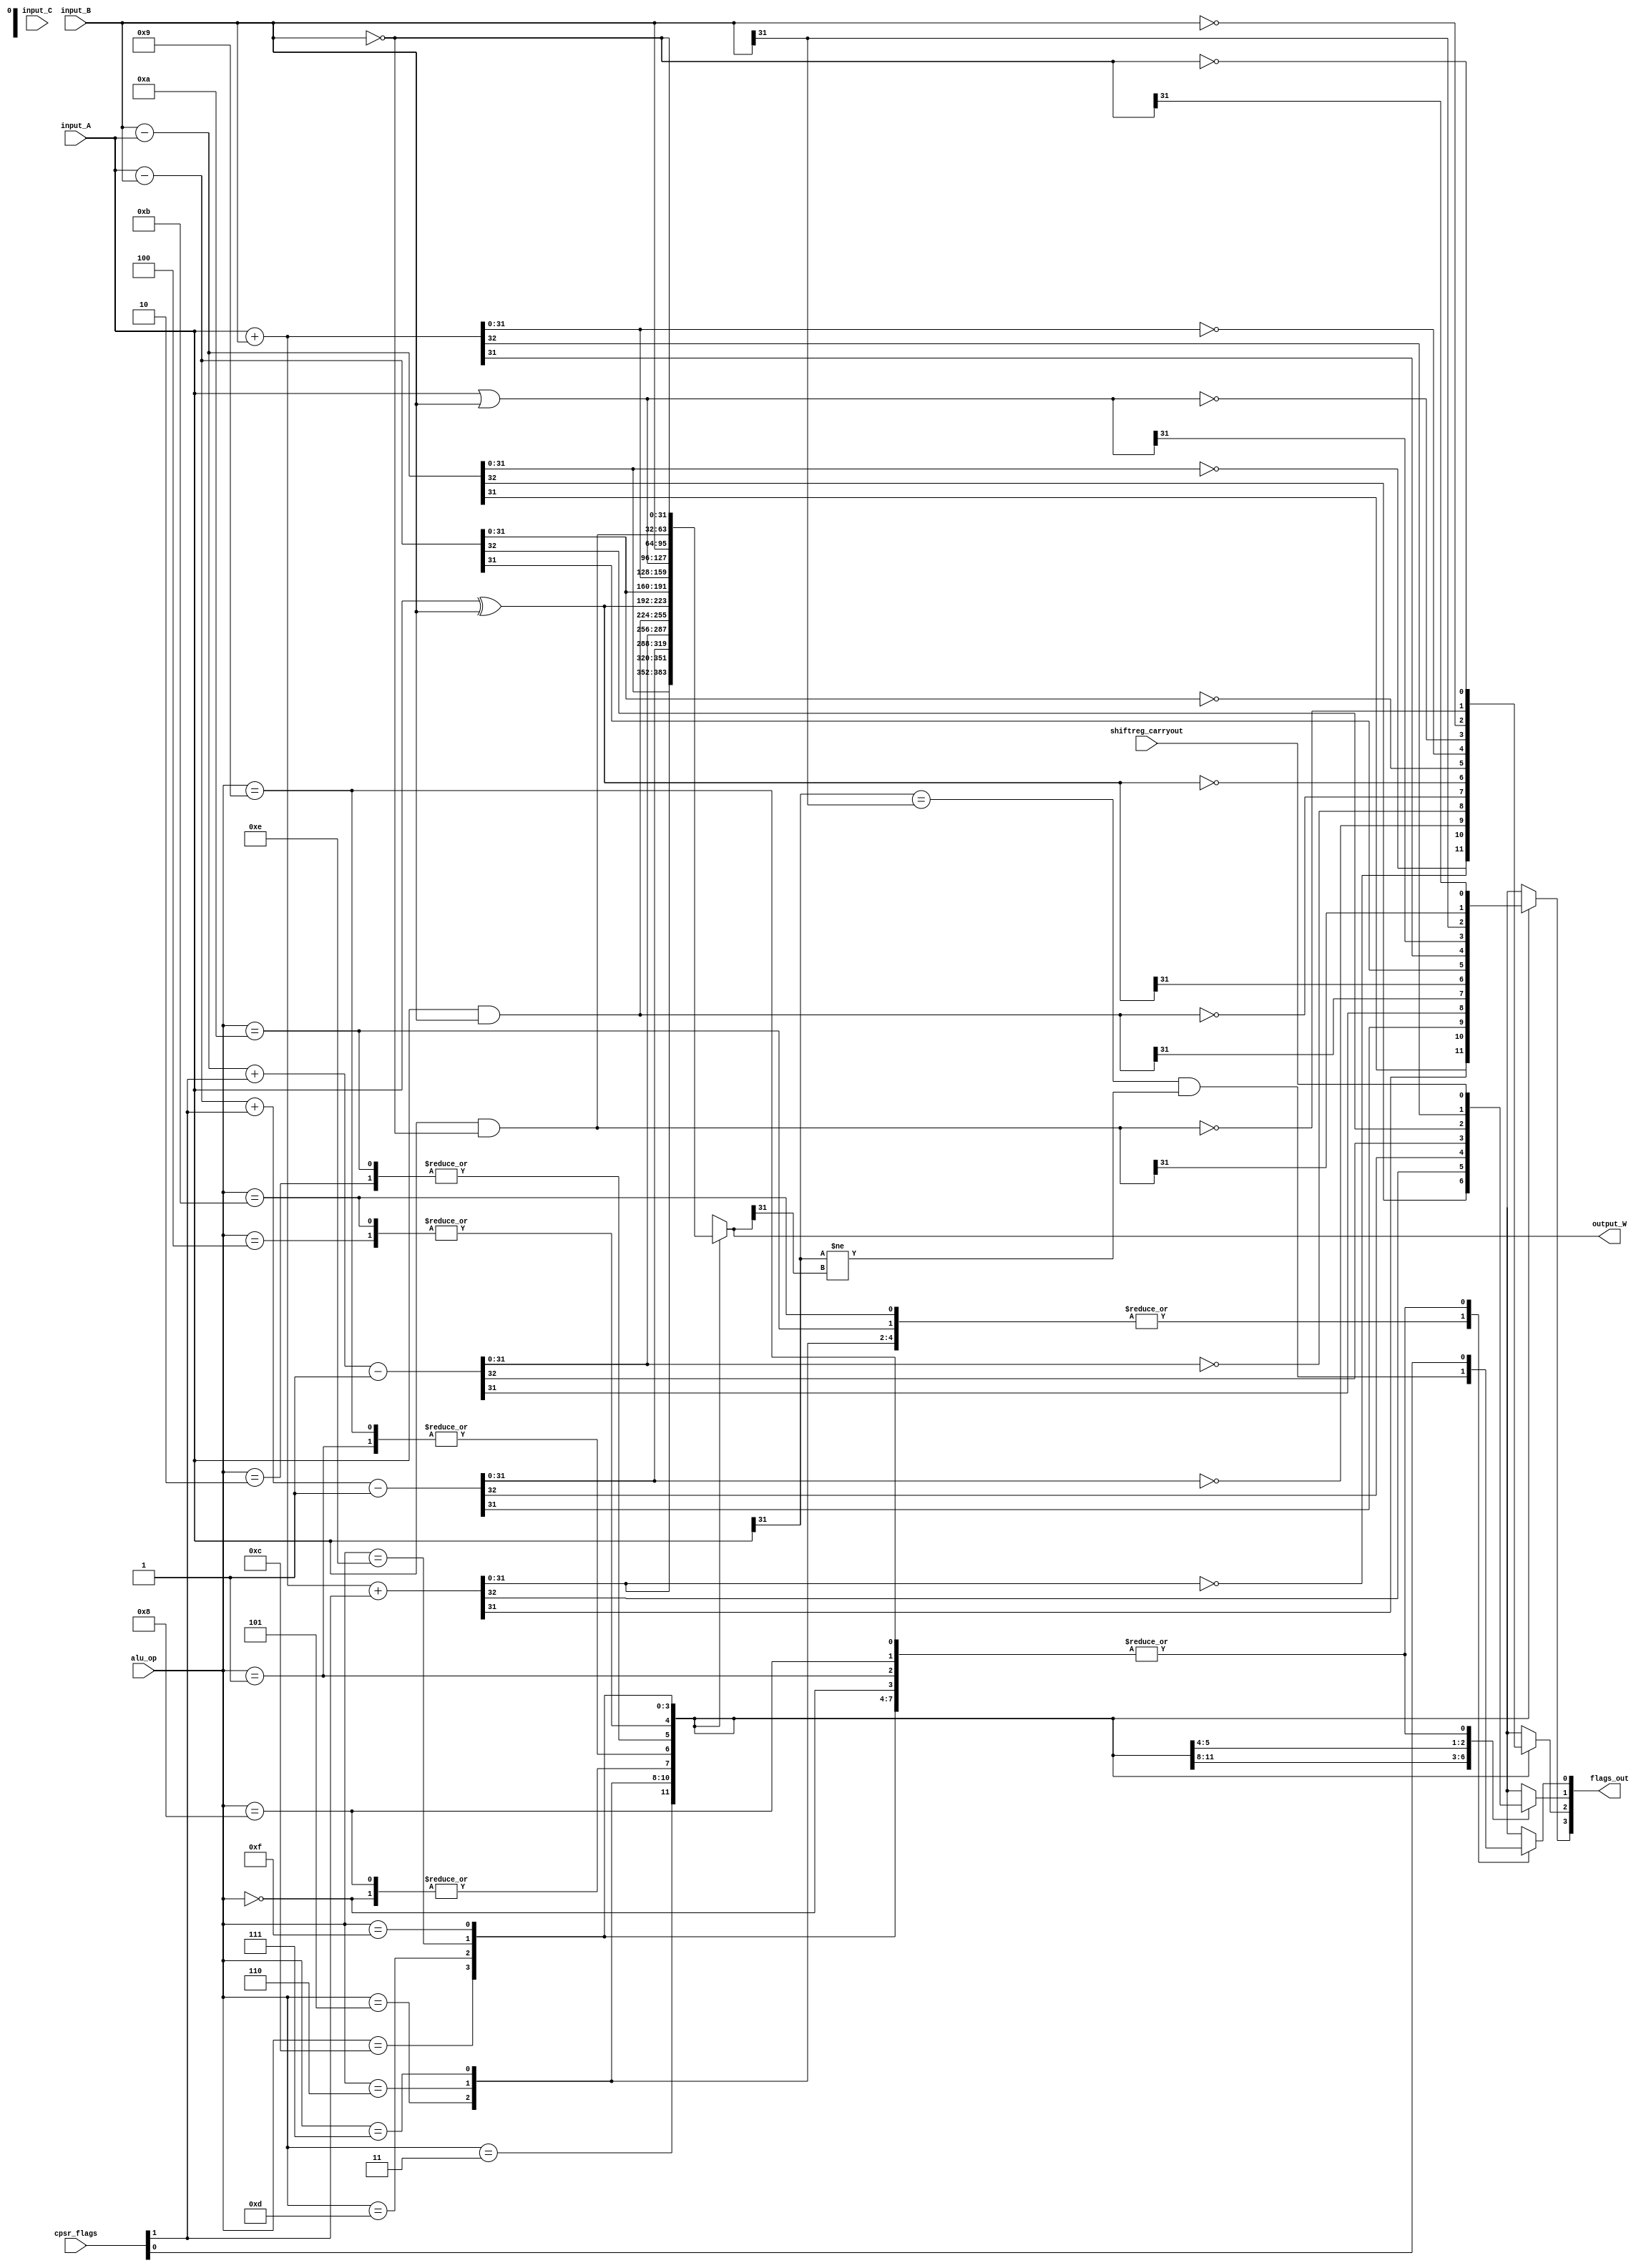

module alu (
    input wire [3:0] alu_op,
    input wire [31:0] input_A,
    input wire [31:0] input_B,
    input wire [31:0] input_C,
    input wire [3:0] cpsr_flags,
    input wire shiftreg_carryout,
    output reg [31:0] output_W,
    output wire [3:0] flags_out
);
    //opcodes
    localparam AND = 4'b0000; //AND
    localparam EOR = 4'b0001; //XOR
    localparam SUB = 4'b0010; //SUB
    localparam RSB = 4'b0011; //Reverse subtract 4.5
    localparam ADD = 4'b0100; //ADD
    localparam ADC = 4'b0101; //Add with carry 4.5
    localparam SBC = 4'b0110; //Sub with carry 4.5
    localparam RSC = 4'b0111; //Reverse sub with carry 4.5
    localparam TST = 4'b1000; //Test bits 4.5
    localparam TEQ = 4'b1001; //Test bitwise equality 4.5
    localparam CMP = 4'b1010; //Compare 4.5
    localparam CMN = 4'b1011; //Compare negative 4.5
    localparam ORR = 4'b1100; //OR
    localparam MOV = 4'b1101; //move reg or constant 4.5
    localparam BIC = 4'b1110; //bit clear 4.5
    localparam MVN = 4'b1111; //move negative register 4.5

    //CPSR condition flags
    reg N, Z, C, V;
    // N - negative/less than
    // Z - zero
    // C - carry/borrow/extend
    // V - overflow

    //Carry input from CPSR
    wire Carryin;
    assign Carryin = cpsr_flags[1];

    //Carryout and overflow
    reg Carryout;
    wire Overflow;
    assign Overflow = (input_A[31] == input_B[31] && input_A[31] != output_W[31]);

    always@(*)
        case(alu_op)
        AND : begin
            {Carryout, output_W} = input_A & input_B;
            N = output_W[31];
            Z = (output_W == 32'b0);
            C = shiftreg_carryout;
            V = cpsr_flags[0];
        end
        EOR : begin
            {Carryout, output_W} = input_A ^ input_B;
            N = output_W[31];
            Z = (output_W == 32'b0);
            C = shiftreg_carryout;
            V = cpsr_flags[0];
        end
        SUB : begin
            {Carryout, output_W} = input_A - input_B;
            N = output_W[31];
            Z = (output_W == 32'b0);
            C = Carryout;
            V = Overflow;
        end
        RSB : begin
            {Carryout, output_W} = input_B - input_A;
            N = output_W[31];
            Z = (output_W == 32'b0);
            C = Carryout;
            V = Overflow;
        end
        ADD : begin
            {Carryout, output_W} = input_A + input_B;
            N = output_W[31];
            Z = (output_W == 32'b0);
            C = Carryout;
            V = Overflow;
        end
        ADC : begin
            {Carryout, output_W} = input_A + input_B + {31'b0, Carryin};
            N = output_W[31];
            Z = (output_W == 32'b0);
            C = Carryout;
            V = Overflow;
        end
        SBC : begin
            {Carryout, output_W} = input_A - input_B + {31'b0, Carryin} - 32'b1;
            N = output_W[31];
            Z = (output_W == 32'b0);
            C = Carryout;
            V = Overflow;
        end
        RSC : begin
            {Carryout, output_W} = input_B - input_A + {31'b0, Carryin} - 32'b1;
            N = output_W[31];
            Z = (output_W == 32'b0);
            C = Carryout;
            V = Overflow;
        end
        TST : begin
            {Carryout, output_W} = input_A & input_B;
            N = output_W[31];
            Z = (output_W == 32'b0);
            C = shiftreg_carryout;
            V = cpsr_flags[0];
        end
        TEQ : begin
            {Carryout, output_W} = input_A ^ input_B;
            N = output_W[31];
            Z = (output_W == 32'b0);
            C = shiftreg_carryout;
            V = cpsr_flags[0];
        end
        CMP : begin
            {Carryout, output_W} = input_A - input_B;
            N = output_W[31];
            Z = (output_W == 32'b0);
            C = Carryout;
            V = Overflow;
        end
        CMN : begin
            {Carryout, output_W} = input_A + input_B;
            N = output_W[31];
            Z = (output_W == 32'b0);
            C = Carryout;
            V = Overflow;
        end
        ORR : begin
            {Carryout, output_W} = input_A | input_B;
            N = output_W[31];
            Z = (output_W == 32'b0);
            C = shiftreg_carryout;
            V = cpsr_flags[0];
        end
        MOV : begin
            {Carryout, output_W} = input_B;
            N = output_W[31];
            Z = (output_W == 32'b0);
            C = shiftreg_carryout;
            V = cpsr_flags[0];
        end
        BIC : begin
            {Carryout, output_W} = input_A & ~input_B;
            N = output_W[31];
            Z = (output_W == 32'b0);
            C = shiftreg_carryout;
            V = cpsr_flags[0];
        end
        MVN : begin
            {Carryout, output_W} = ~input_B;
            N = output_W[31];
            Z = (output_W == 32'b0);
            C = shiftreg_carryout;
            V = cpsr_flags[0];
        end
        
    endcase

    assign flags_out = {N, Z, C, V};
endmodule